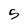
Character: 5